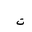
Letter: _ta